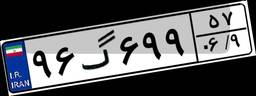
۹۶گ۶۹۹۵۷